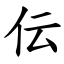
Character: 伝